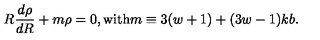
R { \frac { d \rho } { d R } } + m \rho = 0 , \mathrm { w i t h } m \equiv 3 ( w + 1 ) + ( 3 w - 1 ) k b .